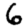
Digit: 6